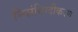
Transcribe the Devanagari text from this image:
निसंधिग्दीकरण